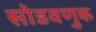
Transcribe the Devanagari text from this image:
सोडवणुक